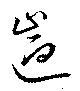
遄